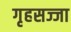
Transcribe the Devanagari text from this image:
गृहसज्जा